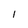
Character: I